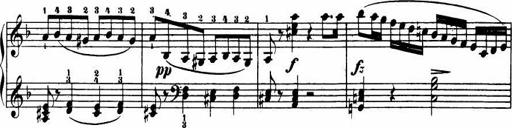
Title: Le bouquetier
Composer: Anton Diabelli
Key: G major
 C major
 F major
 C major